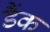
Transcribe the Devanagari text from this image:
डैंक